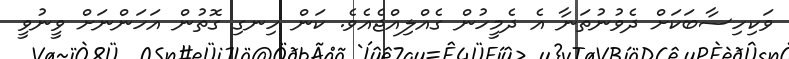
ވަކިހިސާބަކަށް ދެވުނުތަނާ އެ ދެމީހުން ގެއްލިއްޖެއެވެ. ކަން ހިނގި ގޮތުން އަހަންނަށް ވީނުވީ